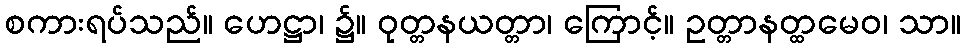
စကားရပ်သည်။ ဟေဋ္ဌာ၊ ၌။ ဝုတ္တနယတ္တာ၊ ကြောင့်။ ဥတ္တာနတ္ထမေဝ၊ သာ။